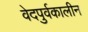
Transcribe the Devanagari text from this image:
वेदपुर्वकालीन